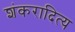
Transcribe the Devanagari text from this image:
शंकरादित्य